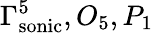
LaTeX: \Gamma_{\mathrm{sonic}}^{5},O_{5},P_{1}